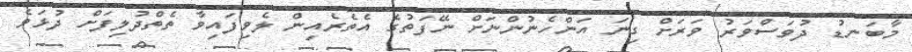
މާބަނޑު ދުވަސްވަރު ވަރަށް ގިނަ އަންހެނުންނަށް ނޭފަތުގެ އެތެރެއިން ލެވިފައިވާ ތެތްދުލިފަށް ދުޅަވެ